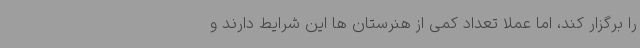
را برگزار کند، اما عملا تعداد کمی از هنرستان ها این شرایط دارند و